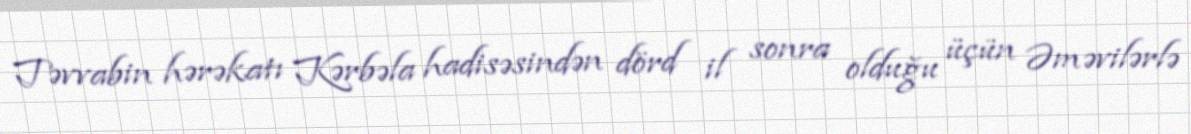
Təvvabin hərəkatı Kərbəla hadisəsindən dörd il sonra olduğu üçün Əməvilərlə